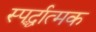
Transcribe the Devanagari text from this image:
स्पर्द्धात्मक